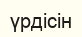
үрдісін